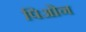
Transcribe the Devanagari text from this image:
पिओन